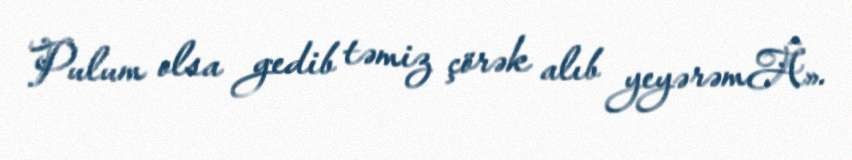
Pulum olsa gedib təmiz çörək alıb yeyərəmÂ».